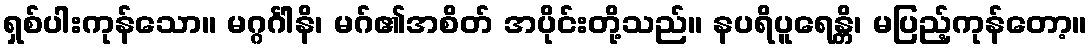
ရှစ်ပါးကုန်သော။ မဂ္ဂင်္ဂါနိ၊ မဂ်၏အစိတ် အပိုင်းတို့သည်။ နပရိပူရေန္တိ၊ မပြည့်ကုန်တော့။